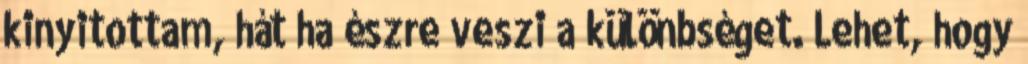
kinyitottam, hát ha észre veszi a különbséget. Lehet, hogy